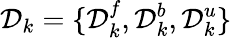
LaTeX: \mathcal{D}_{k}=\{ \mathcal{D}_{k}^{f},\mathcal{D}_{k}^{b},\mathcal{D}_{k}^{u}\}